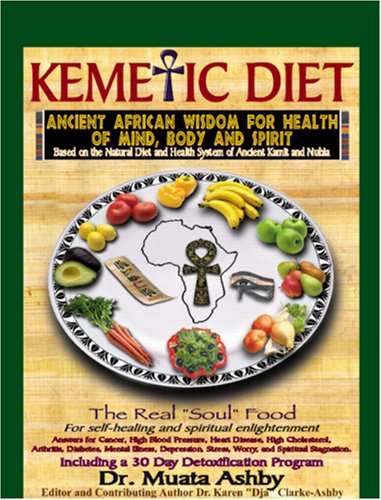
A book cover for The Kemetic Diet: Food For Body, Mind and Soul, A Holistic Health Guide Based on Ancient Egyptian Medical Teachings; Muata Ashby; Politics & Social Sciences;